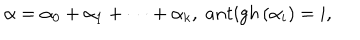
LaTeX: \alpha = \alpha _ { 0 } + \alpha _ { 1 } + \cdots + \alpha _ { k } , \; a n t i g h \left( \alpha _ { i } \right) = i ,